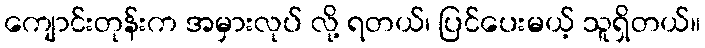
ကျောင်းတုန်းက အမှားလုပ် လို့ ရတယ်၊ ပြင်ပေးမယ့် သူရှိတယ်။